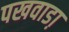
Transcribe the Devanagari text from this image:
पखवाडा़